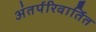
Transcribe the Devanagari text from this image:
अंतर्परिवार्तित